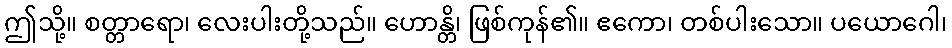
ဤသို့။ စတ္တာရော၊ လေးပါးတို့သည်။ ဟောန္တိ၊ ဖြစ်ကုန်၏။ ဧကော၊ တစ်ပါးသော။ ပယောဂေါ၊